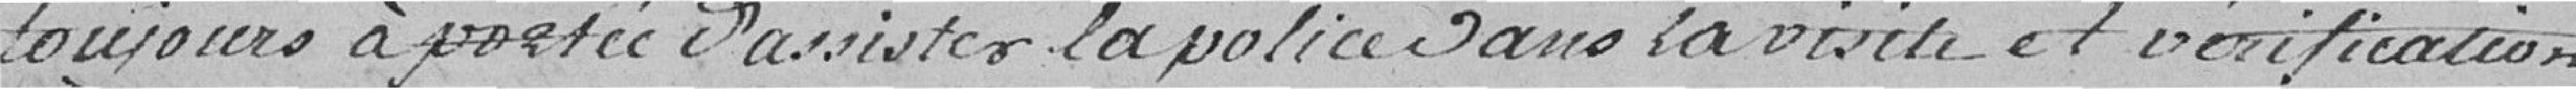
toujours à portée d'assister la police dans la visite et vérification